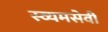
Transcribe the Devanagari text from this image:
स्व्यमसेवी